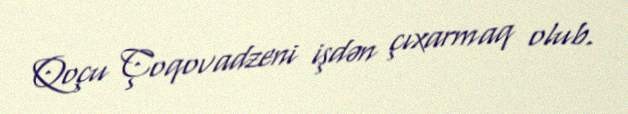
Qoçu Çoqovadzeni işdən çıxarmaq olub.